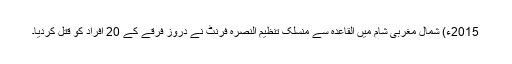
2015ء) شمال مغربی شام میں القاعدہ سے منسلک تنظیم النصرہ فرنٹ نے دروز فرقے کے 20 افراد کو قتل کردیا۔